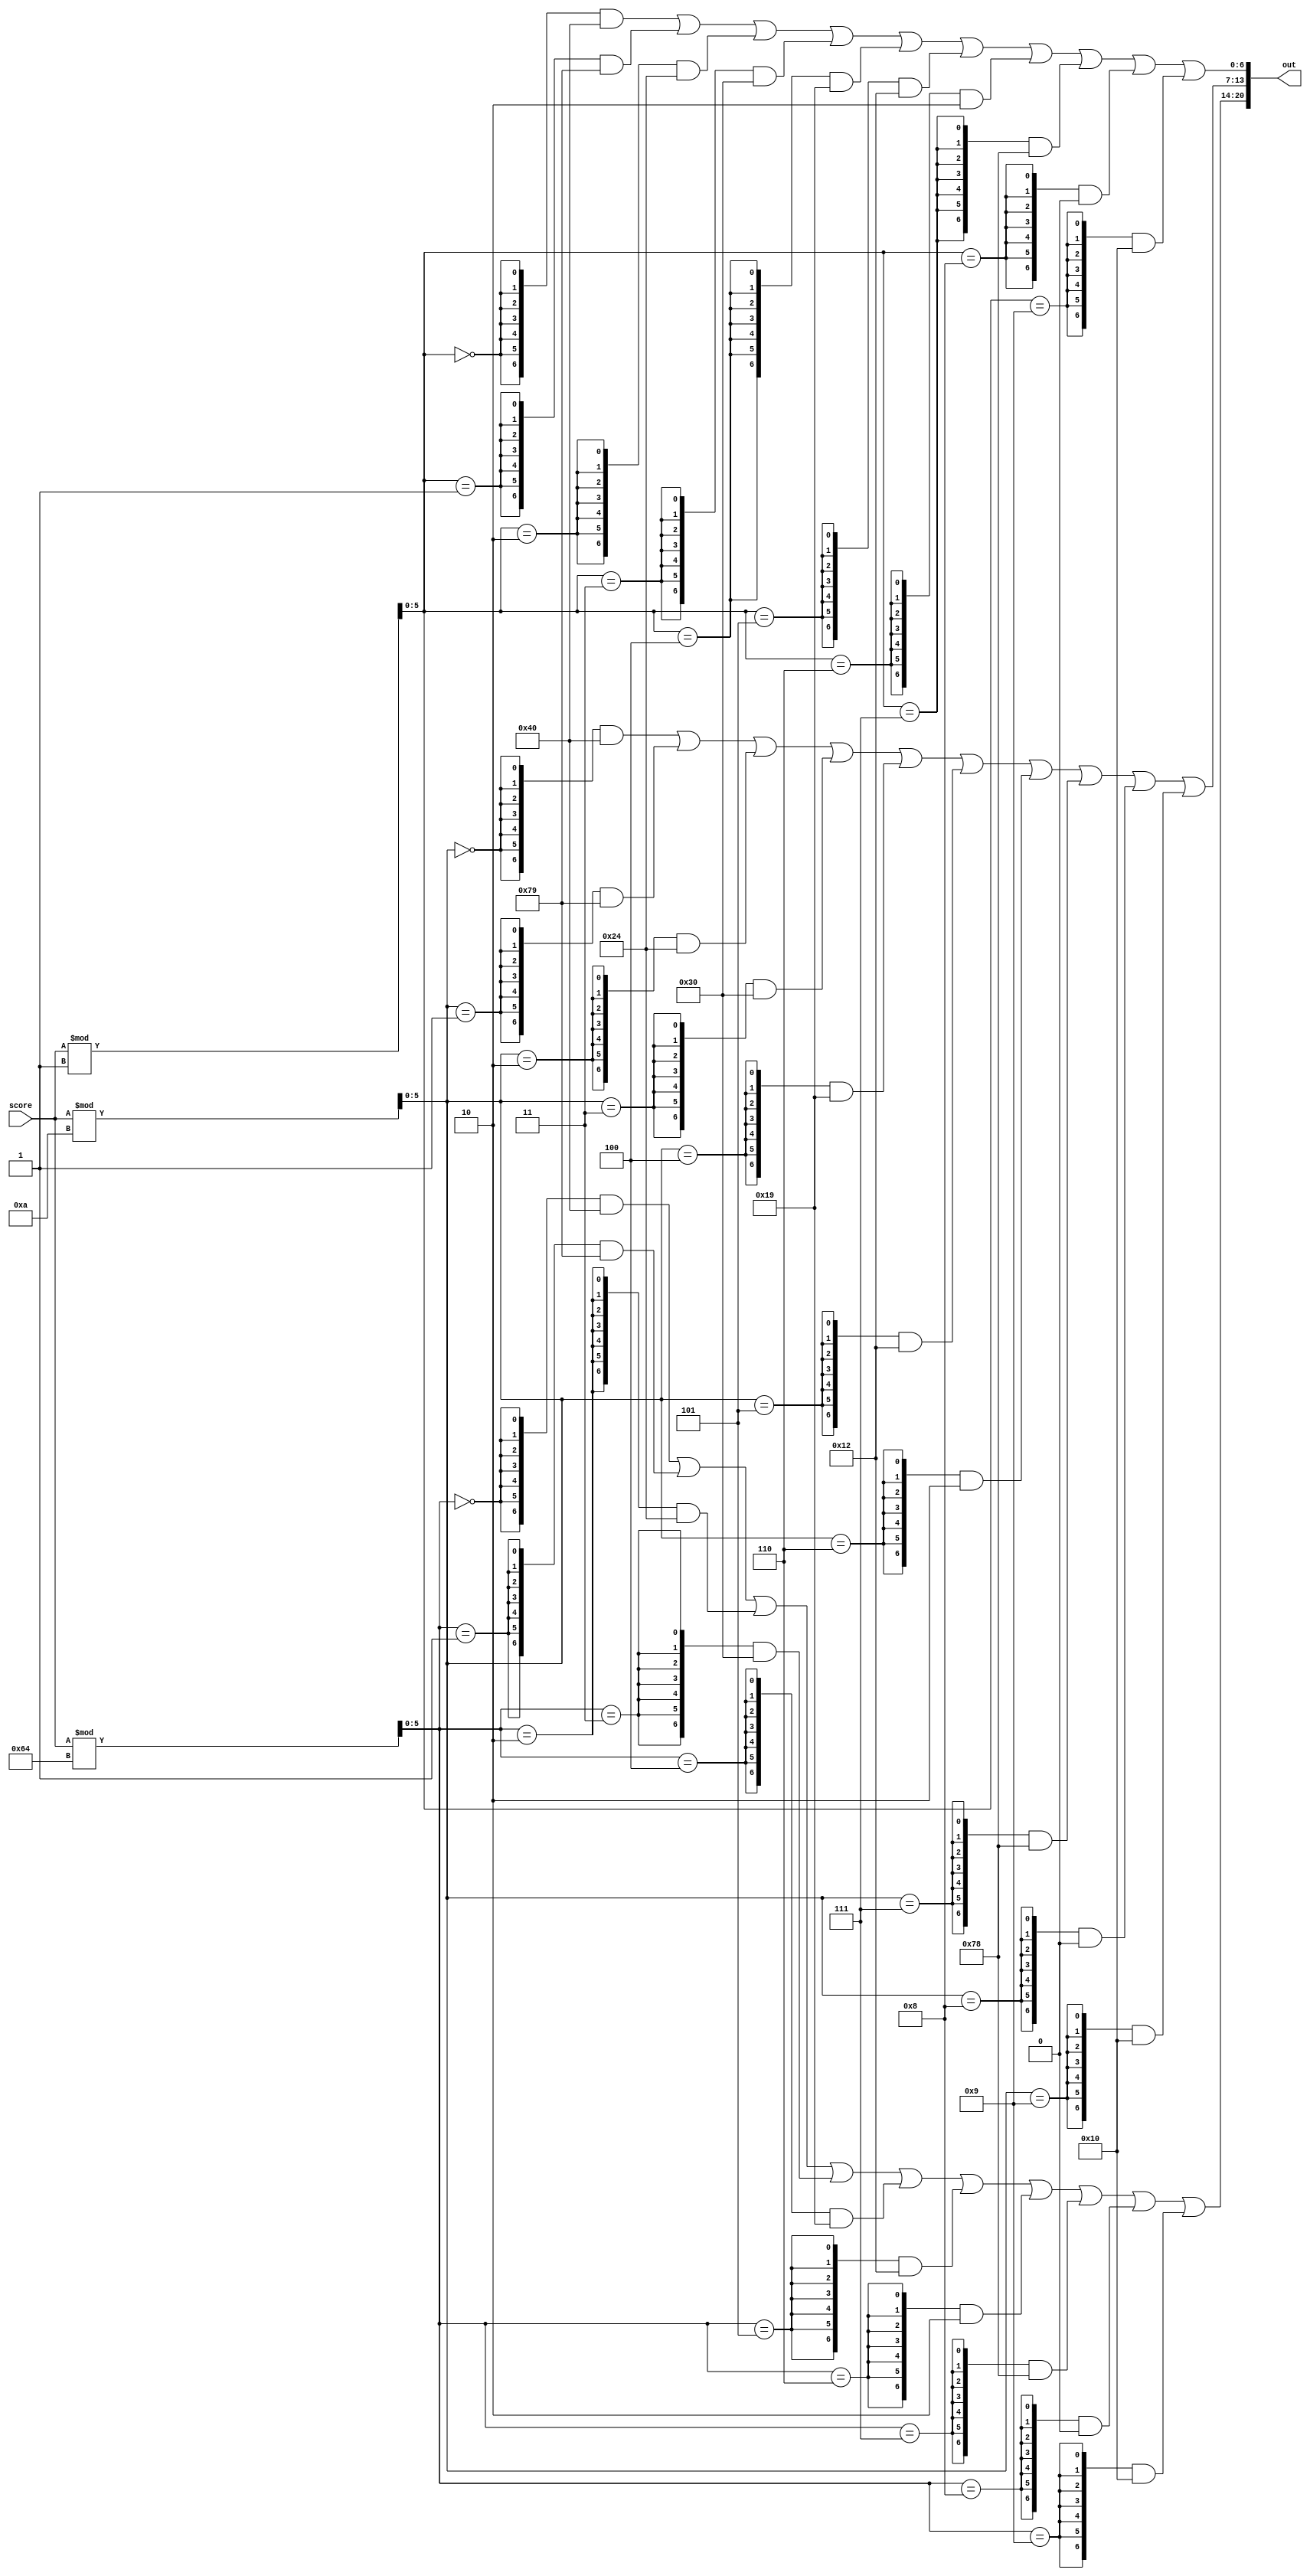
module modulo(score,out);
input [9:0] score;
output [20:0] out;

wire [5:0] hundred;
wire [5:0] ten;
wire [5:0] one;
assign hundred = score % 100;
assign ten = score % 10;
assign one = score % 1;
assign out [6:0] = 	({7{(one == 5'h0)}} & 7'b1000000) |
		({7{(one == 6'h1)}} & 7'b1111001) |
		({7{(one == 6'h2)}} & 7'b0100100) |
		({7{(one == 6'h3)}} & 7'b0110000) |
		({7{(one == 6'h4)}} & 7'b0011001) |
		({7{(one == 6'h5)}} & 7'b0010010) |
		({7{(one == 6'h6)}} & 7'b0000010) |
		({7{(one == 6'h7)}} & 7'b1111000) |
		({7{(one == 6'h8)}} & 7'b0000000) |
		({7{(one == 6'h9)}} & 7'b0010000);
assign out [13:7] = 	({7{(ten == 5'h0)}} & 7'b1000000) |
		({7{(ten == 6'h1)}} & 7'b1111001) |
		({7{(ten == 6'h2)}} & 7'b0100100) |
		({7{(ten == 6'h3)}} & 7'b0110000) |
		({7{(ten == 6'h4)}} & 7'b0011001) |
		({7{(ten == 6'h5)}} & 7'b0010010) |
		({7{(ten == 6'h6)}} & 7'b0000010) |
		({7{(ten == 6'h7)}} & 7'b1111000) |
		({7{(ten == 6'h8)}} & 7'b0000000) |
		({7{(ten == 6'h9)}} & 7'b0010000);
assign out [20:14] = 	({7{(hundred == 5'h0)}} & 7'b1000000) |
		({7{(hundred == 6'h1)}} & 7'b1111001) |
		({7{(hundred == 6'h2)}} & 7'b0100100) |
		({7{(hundred == 6'h3)}} & 7'b0110000) |
		({7{(hundred == 6'h4)}} & 7'b0011001) |
		({7{(hundred == 6'h5)}} & 7'b0010010) |
		({7{(hundred == 6'h6)}} & 7'b0000010) |
		({7{(hundred == 6'h7)}} & 7'b1111000) |
		({7{(hundred == 6'h8)}} & 7'b0000000) |
		({7{(hundred == 6'h9)}} & 7'b0010000);	
endmodule